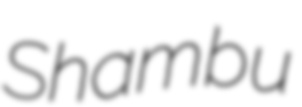
Shambu